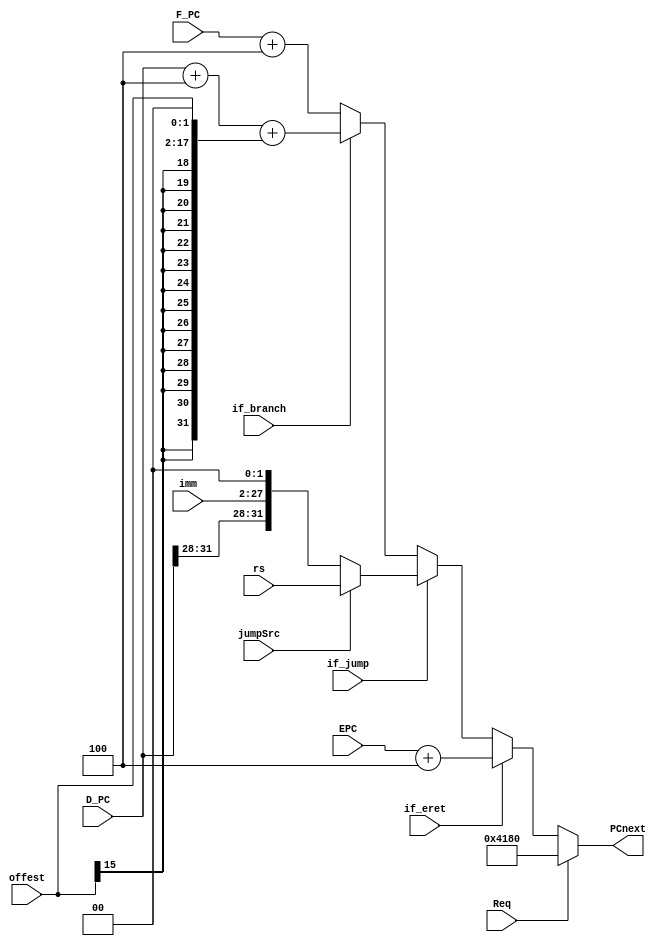
`timescale 1ns / 1ps

module NPC(
  input [31:0] D_PC,
  input [31:0] F_PC,
  input [31:0] EPC,

  input [25:0] imm,
  input [15:0] offest,

  input Req,
  input if_eret,
  input if_branch,
  input if_jump,
  input [31:0] rs,
  input jumpSrc,

  output [31:0] PCnext
    );

wire [31:0] PCadd4 = F_PC + 32'h0000_0004;
wire [31:0] PC_branch = D_PC + 32'h0000_0004 + {{14{offest[15]}},offest,2'b00};
wire [31:0] PC_jump = jumpSrc ? rs : {D_PC[31:28],imm,2'b00};

assign PCnext = Req ? 32'h0000_4180 :
                if_eret ? EPC + 4 :
                if_jump ? PC_jump :
                if_branch ? PC_branch : 
                PCadd4;

endmodule